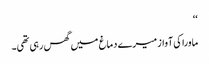
‘‘
ماورا کی آواز میرے دماغ میں گھس رہی تھی۔